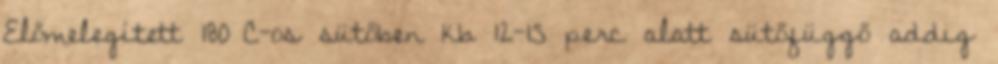
Előmelegített 180°C-os sütőben kb 12-15 perc alatt sütőfüggő addig